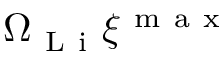
\Omega _ { \mathrm { ~ L ~ i ~ } } \xi ^ { \mathrm { ~ m ~ a ~ x ~ } }